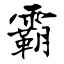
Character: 霸